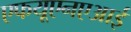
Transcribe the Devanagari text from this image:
एफयूएनएआई